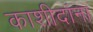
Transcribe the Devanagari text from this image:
काशीदांना